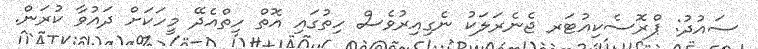
ސައުދު: ޕްރޮސެކިއުޓަރ ޖެނެރަލަކު ނެގިއިރުވެސް ހިތުގައި އޮތް ހިތްއެދޭ މީހަކަށް ދައުވާ ކުރަން.